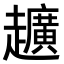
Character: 𮛀